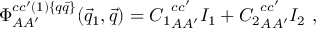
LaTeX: \Phi _ { A A ^ { \prime } } ^ { c c ^ { \prime } ( 1 ) \{ q \bar { q } \} } ( \vec { q } _ { 1 } , \vec { q } ) = { C _ { 1 } } _ { A A ^ { \prime } } ^ { c c ^ { \prime } } I _ { 1 } + { C _ { 2 } } _ { A A ^ { \prime } } ^ { c c ^ { \prime } } I _ { 2 } ~ ,